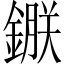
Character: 𨫇